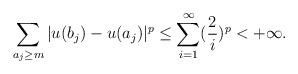
LaTeX: \begin{align*}\sum_{a_j\geq m}|u(b_j)-u(a_j)|^p\leq\sum_{i=1}^{\infty}(\frac{2}{i})^p<+\infty.\end{align*}